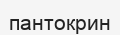
пантокрин